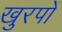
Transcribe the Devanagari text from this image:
खुरपों